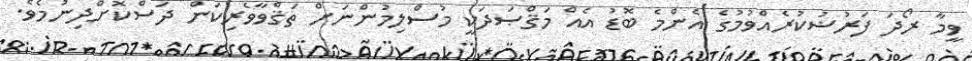
ވީމާ ރޯދަ ފަރުޟުކުރެއްވުމުގެ އެންމެ ބޮޑު އެއް މަޤްޞަދަކީ މުސްލިމުންނަށް ތަޤްވާވެރިކަން ދަސްކޮށްދިނުމެވެ.